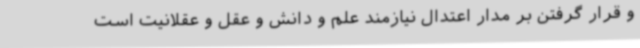
و قرار گرفتن بر مدار اعتدال نیازمند علم و دانش و عقل و عقلانیت است